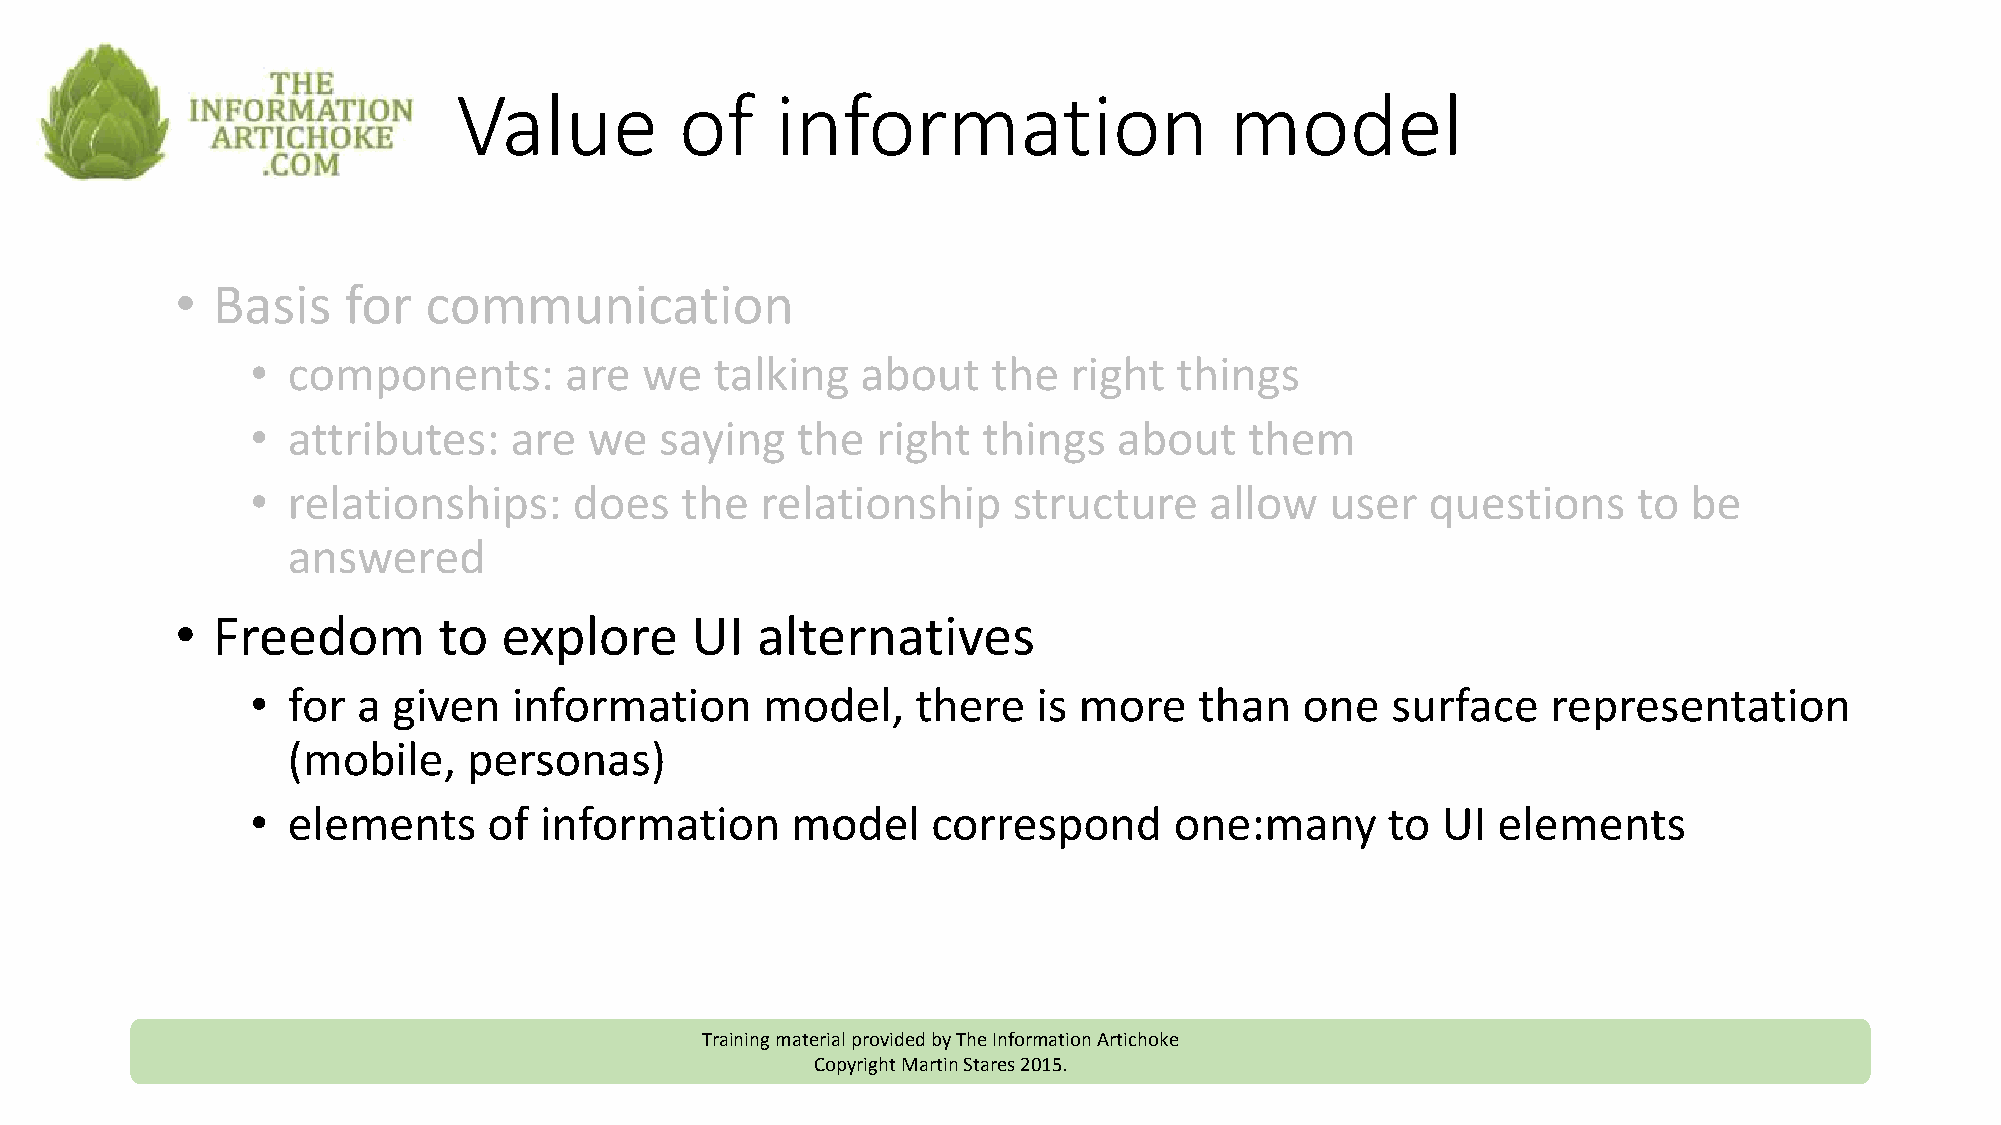
Value          of    information                   model
 • Basis    for  communication
 • components:       are  we   talking   about    the  right  things
 • attributes:    are  we   saying   the  right  things   about    them
 • relationships:     does   the  relationship     structure    allow   user   questions    to  be
 answered
 • Freedom        to  explore      UI  alternatives
 • for  a given   information     model,     there   is more   than   one   surface    representation
 (mobile,    personas)
 • elements     of  information     model     correspond      one:many      to UI  elements
 Training material provided by The Information Artichoke
 Copyright Martin Stares 2015.